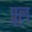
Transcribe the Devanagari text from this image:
प्रूल